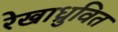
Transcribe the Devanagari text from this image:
रेखाध्रुवित